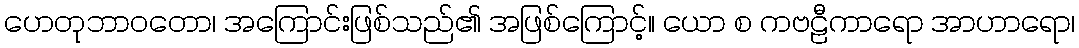
ဟေတုဘာဝတော၊ အကြောင်းဖြစ်သည်၏ အဖြစ်ကြောင့်။ ယော စ ကဗဠီကာရော အာဟာရော၊